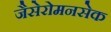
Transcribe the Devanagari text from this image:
जैसेरोमनसेक